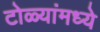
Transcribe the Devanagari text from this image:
टोळ्यांमध्ये